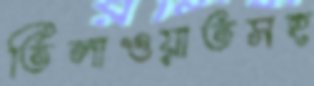
তিলাওয়াতসহ